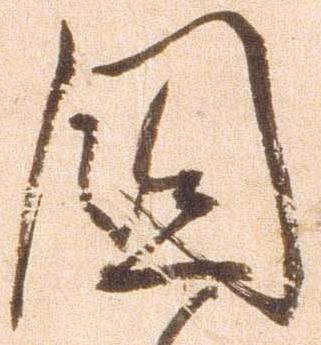
国